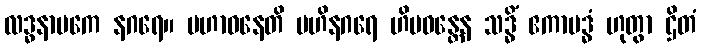
လဒ္ဓနာမကေ နဂရေ။ မဟာဝနေတိ ဗဟိနဂရေ ဟိမဝန္တေန သဒ္ဓိံ ဧကာဗဒ္ဓံ ဟုတွာ ဌိတံ